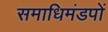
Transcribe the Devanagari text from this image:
समाधिमंडपों